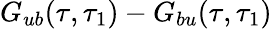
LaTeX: G_{ub}(\tau,\tau_{1})-G_{bu}(\tau,\tau_{1})